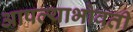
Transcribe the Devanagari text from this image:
आपल्याभोवती